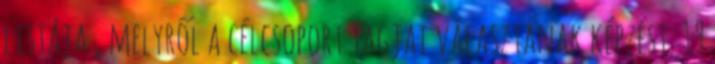
listája , melyről a célcsoport tagjai választanak képzést. 19